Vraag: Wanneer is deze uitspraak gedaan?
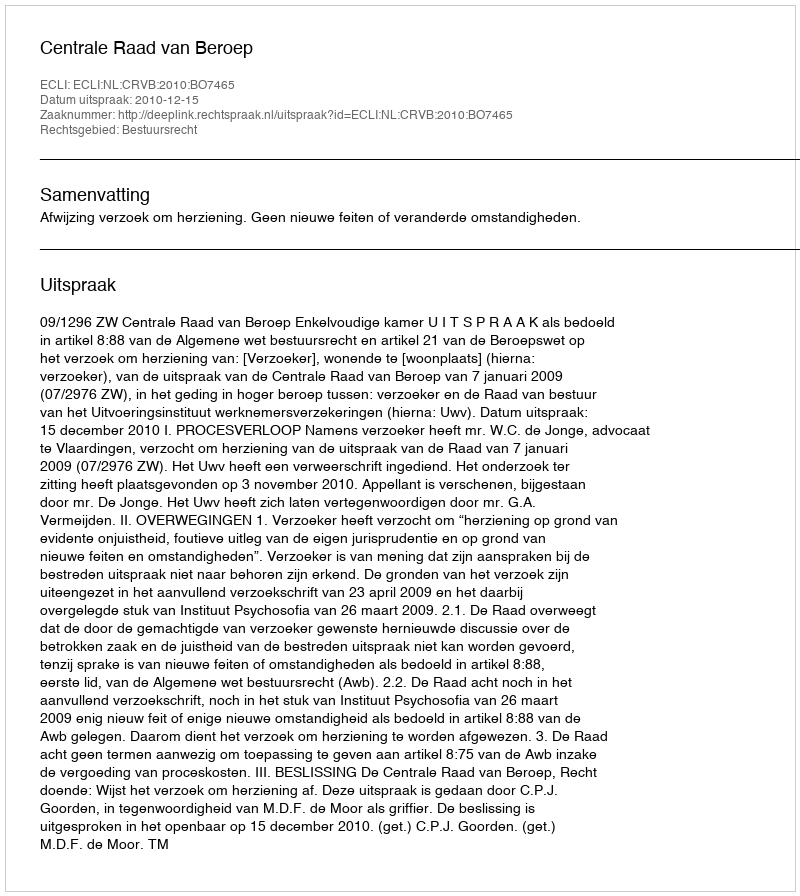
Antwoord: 2010-12-15